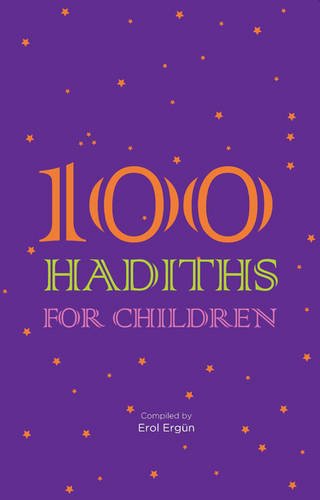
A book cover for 100 Hadiths for Children; Erol Ergun; Children's Books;